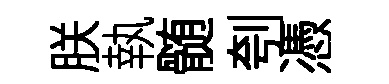
朕執髄刳憑